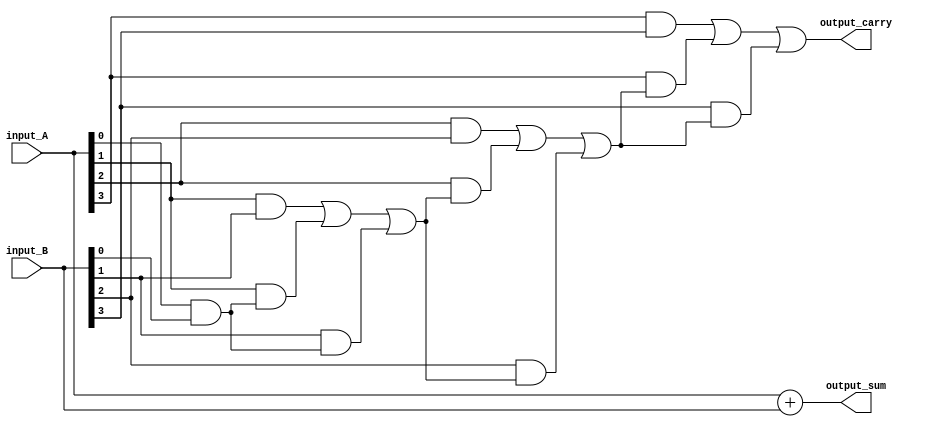
module carry_lookahead_adder (
    input wire [3:0] input_A,
    input wire [3:0] input_B,
    
    output wire [3:0] output_sum,
    output wire output_carry
);

wire [4:0] carry_signals;

assign carry_signals[0] = 1'b0;
assign carry_signals[1] = input_A[0] & input_B[0];
assign carry_signals[2] = (input_A[1] & input_B[1]) | (input_A[1] & carry_signals[1]) | (input_B[1] & carry_signals[1]);
assign carry_signals[3] = (input_A[2] & input_B[2]) | (input_A[2] & carry_signals[2]) | (input_B[2] & carry_signals[2]);
assign carry_signals[4] = (input_A[3] & input_B[3]) | (input_A[3] & carry_signals[3]) | (input_B[3] & carry_signals[3]);

assign output_sum = input_A + input_B;
assign output_carry = carry_signals[4];

endmodule